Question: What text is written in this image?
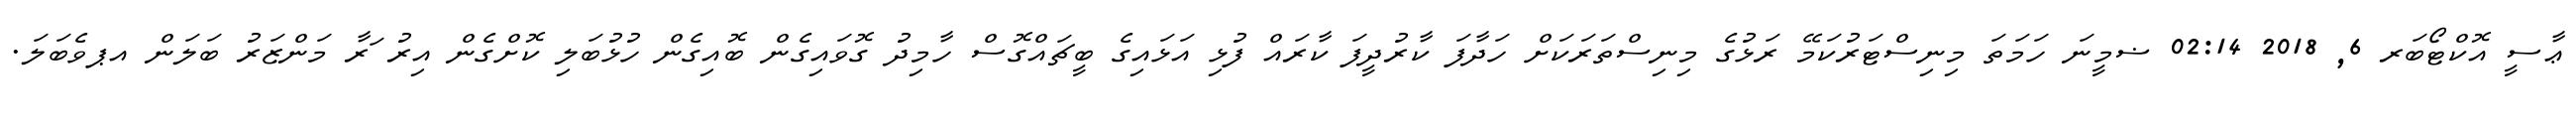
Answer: ޢާސީ އޮކްޓޯބަރ 6, 2018 02:14 ޟމީނަ ހަމަތަ މިނިސްޓަރުކަމޭ ރަޅުގެ މިނިސްތަރަކަށް ހަދާފަ ކާރުދީފަ ކާރައް ފުޅި އަޅައިގެ ބީޗައްގޮސް ހާމިދު ގޮވައިގެން ބޮއިގެން ހުޅުބަލި ކޮށްގެން އިރު ަރާ މަންޒަރު ބަލަން އޕވެބަލަ.